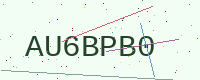
Text: AU6BPB0